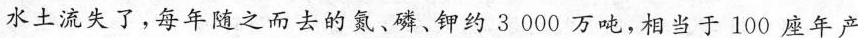
水土流失了，每年随之而去的氮、磷、钾约3000万吨，相当于100座年产